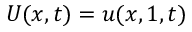
U ( x , t ) = u ( x , 1 , t )